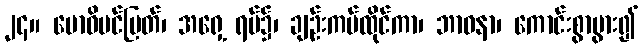
၂၄။ ဗောဓိပင်မြတ်၊ အရှေ့ ရပ်၌၊ ချဉ်းကပ်ထိုင်ကာ၊ ဘာဝနာ၊ ကောင်းစွာပွား၍